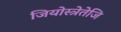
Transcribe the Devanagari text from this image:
जियोस्त्रेतेजि